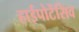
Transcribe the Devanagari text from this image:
हाईपोटेंसिव